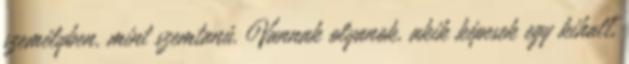
személyben, mint szemtanú. Vannak olyanok, akik képesek egy kihalt,